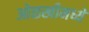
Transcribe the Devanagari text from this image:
ओळखीमध्ये